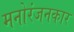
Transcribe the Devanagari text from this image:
मनोरंजनकार